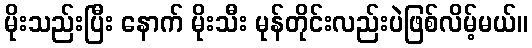
မိုးသည်းပြီး နောက် မိုးသီး မုန်တိုင်းလည်းပဲဖြစ်လိမ့်မယ်။